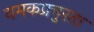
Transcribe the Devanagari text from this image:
यमकप्रचुरता